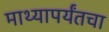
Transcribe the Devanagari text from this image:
माथ्यापर्यंतचा